Reports on dispensaries and lunatic asylums in the Province of Oudh - 1869-1876
Year: 1869
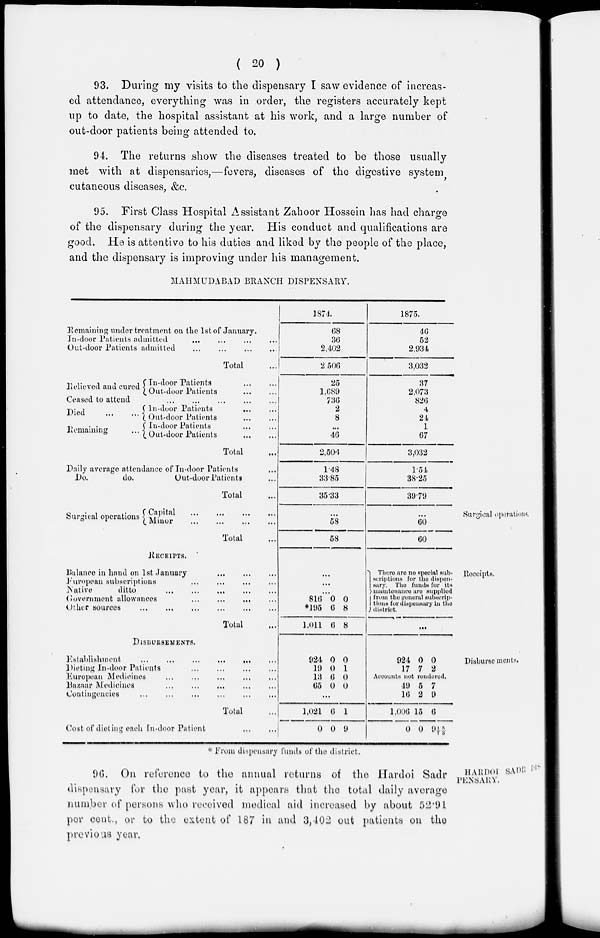
( 20 )
93. During my visits to the dispensary I saw evidence of increas-
ed attendance, everything was in order, the registers accurately kept
up to date, the hospital assistant at his work, and a large number of
out-door patients being attended to.
94. The returns show the diseases treated to be those usually
met with at dispensaries,—fevers, diseases of the digestive system
cutaneous diseases, &c.
95. First Class Hospital Assistant Zahoor Hossein has had charge
of the dispensary during the year. His conduct and qualifications are
good. He is attentive to his duties and liked by the people of the place,
and the dispensary is improving under his management.
MAHMUDABAD BRANCH DISPENSARY.
Remaining under treatment on the 1st of January.
In-door Patients admitted ... ... ... ...
Out-door Patients admitted ... ... ... ...
Total ...
Relieved and cured In-door Patients
...
...
Out-door Patients ... ...
Ceased to attend
...
...
...
...
...
Died
...
...
Remaining
...
In-door Patients ... ...
Out-door Patients ... ...
In-door Patients ... ...
Out-door Patients
...
...
Total ...
Daily average attendance of In-door Patients ...
Do.
do.
Out-door Patients ...
Total ...
1874.
68
36
2,402
2,506
25
1,689
736
2
8
...
46
2,506
1.48
33.85
35.33
1875.
46
52
2,934
3,032
37
2,073
826
4
24
1
67
3,032
1.54
38.25
39.79
Surgical operations.
Surgical operations Capital
...
...
...
...
Minor
...
...
...
...
Total ...
...
58
58
...
60
60
Receipts.
RECEIPTS.
Balance in hand on 1st January ... ... ...
Furopean subscriptions ... ... ... ...
Native
ditto
...
...
...
...
...
Government allowances
...
...
...
...
Other sources
...
...
...
...
...
...
Total ...
...
...
...
816
*195
1,011
0
6
6
0
8
8
There are no special sub-
scriptions for the dispen-
sary. The funds for its
maintenance are
supplied
from the general subscrip-
tions for dispensary in the
district.
...
Disbursements.
DISBURSEMENTS.
Establishment
...
...
...
...
...
Dieting In-door Patients
...
...
...
...
European Medicines ... ... ... ... ...
Bazaar Medicines ... ... ... ... ...
Contingencies
...
...
...
...
...
...
Total ...
Cost of dieting each In-door Patient ... ...
924
19
13
65
0
0
6
0
0
1
0
0
...
1,021
0
6
0
1
9
924
17
0
7
0
2
Accounts not rendered.
49
16
1,006
0
5
2
15
0
7
9
6
9 1/7 3/3
* From dispensary funds of the district.
HARDOI SADR DIS-
PENSARY.
96. On reference to the annual returns of the Hardoi Sadr
dispensary for the past year, it appears that the total daily average
number of persons who received medical aid increased by about 52.91
per cent., or to the extent of 187 in and 3,402 out patients on the
previous year.